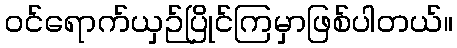
ဝင်ရောက်ယှဉ်ပြိုင်ကြမှာဖြစ်ပါတယ်။